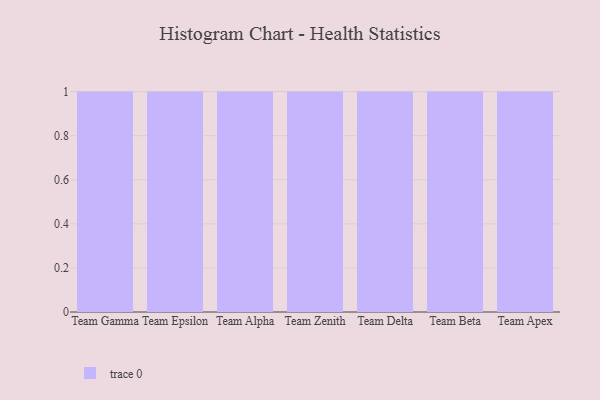
{"axis": {"x": "Team", "y": "Customer Acquisition Cost (USD)"}, "legend": [""], "data": [{"x": "Team Gamma", "y": 65, "type": ""}, {"x": "Team Epsilon", "y": 10, "type": ""}, {"x": "Team Alpha", "y": 46, "type": ""}, {"x": "Team Zenith", "y": 58, "type": ""}, {"x": "Team Delta", "y": 57, "type": ""}, {"x": "Team Beta", "y": 35, "type": ""}, {"x": "Team Apex", "y": 18, "type": ""}]}